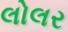
લોલર